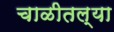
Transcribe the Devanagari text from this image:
चाळीतल्या